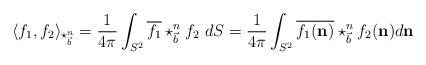
LaTeX: \begin{align*}\langle f_{1},f_{2}\rangle_{\star_{\vec{b}}^{n}}=\frac{1}{4\pi}\int_{S^{2}}\overline{f_{1}}\star_{\vec{b}}^{n}f_{2}\ dS=\frac{1}{4\pi}\int_{S^{2}}\overline{f_{1}(\mathbf{n})}\star_{\vec{b}}^{n}f_{2}(\mathbf{n})d\mathbf{n}\end{align*}